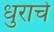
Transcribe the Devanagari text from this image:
धुराचे